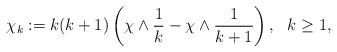
LaTeX: \begin{align*}\chi_k:=k(k+1)\left(\chi\wedge\frac1k-\chi\wedge\frac{1}{k+1}\right), \ \ k\geq 1,\end{align*}